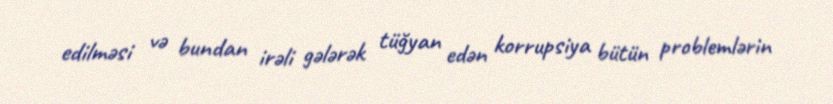
edilməsi və bundan irəli gələrək tüğyan edən korrupsiya bütün problemlərin